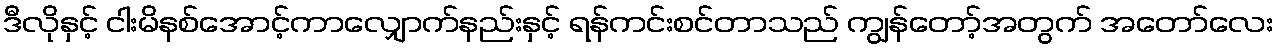
ဒီလိုနှင့် ငါးမိနစ်အောင့်ကာလျှောက်နည်းနှင့် ရန်ကင်းစင်တာသည် ကျွန်တော့်အတွက် အတော်လေး